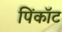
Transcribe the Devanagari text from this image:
पिंकॉट